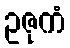
ဥဇုကံ